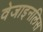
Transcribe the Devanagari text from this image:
वेजाइनलिस